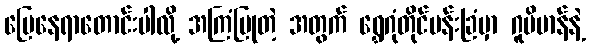
မြေနေရာတောင်းပါလို့ အကြံပြုတဲ့ အတွက် ရွှေဂုံတိုင်ပန်းခြံမှာ ဂူဗိမာန်နဲ့